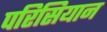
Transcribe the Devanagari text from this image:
परिसियान